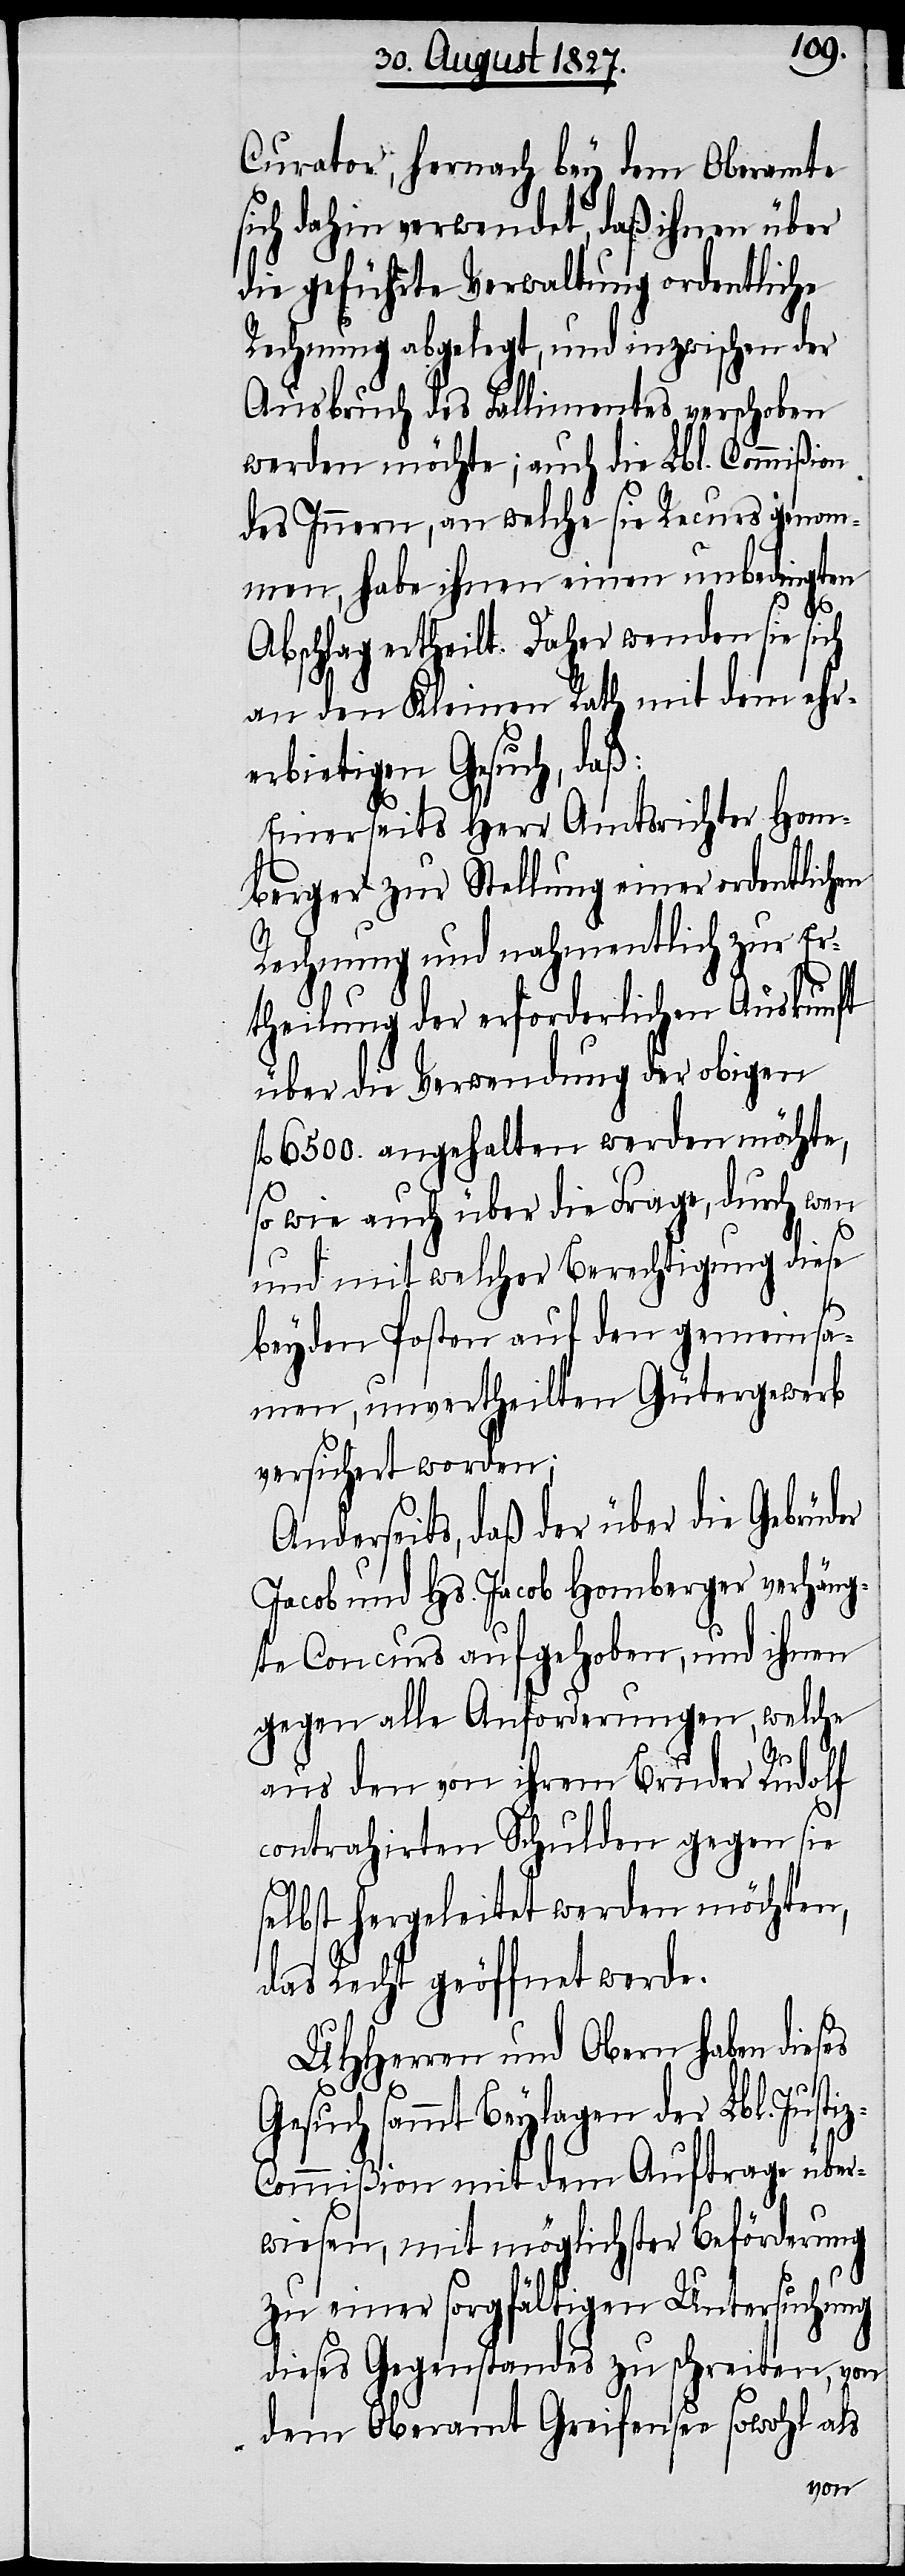
Curator, hernach bey dem Oberamte
sich dahin verwendet, daß ihnen über
die geführte Verwaltung ordentliche
Rechnung abgelegt, und inzwischen der
Ausbruch des Fallimentes verschoben
werden möchte; auch die Lbl. Commißion
des Innern, an welche sie Recurs genom¬
men, habe ihnen einen unbedingten
Abschlag ertheilt. Daher wenden sie sich
an den Kleinen Rath mit dem ehr¬
erbietigen Gesuch, daß:
Einerseits Herr Amtsrichter Hom¬
berger zur Stellung einer ordentlichen
Rechnung und nahmentlich zur E¬
rtheilung der erforderlichen Auskunft
über die Verwendung der obigen
fl. 6500. angehalten werden möchte,
so wie auch über die Frage, durch wen
und mit welcher Berechtigung diese
beyden Posten auf den gemeinsa¬
men, unvertheilten Gütergewerb
versichert worden;
Anderseits, daß der über die Gebrüder
Jacob und Hs. Jacob Homberger verhäng¬
te Concurs aufgehoben, und ihnen
gegen alle Anforderungen, welche
aus den von ihrem Bruder Rudolf
contrahirten Schulden gegen sie
selbst hergeleitet werden möchten,
das Recht geöffnet werde.
UHHerren und Obern haben dieses
t¬
Gesuch sammt Beylagen der Lbl. Jusi¬
z-Commißion mit dem Auftrage über¬
wiesen, mit möglichster Beförderung
zu einer sorgfältigen Untersuchung
dieses Gegenstandes zu schreiten, von
dem Oberamt Greifensee sowohl als